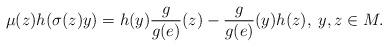
LaTeX: \begin{align*}\mu(z)h(\sigma(z)y)=h(y)\frac{g}{g(e)}(z)-\frac{g}{g(e)}(y)h(z), \; y,z\in M.\end{align*}